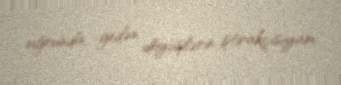
uğrunda gedən döyüşlərin iştirakçısıyam.